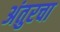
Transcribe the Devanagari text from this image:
अंतुरचा